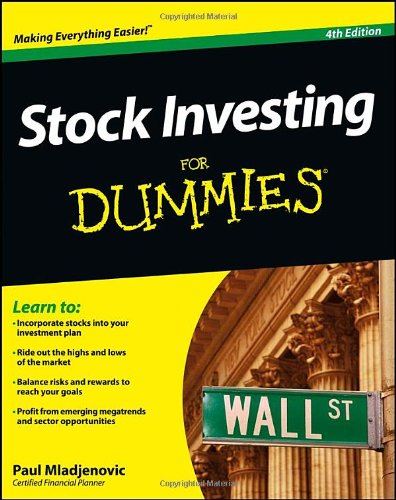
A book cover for Stock Investing For Dummies; Paul Mladjenovic; Business & Money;